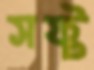
সফ্ট